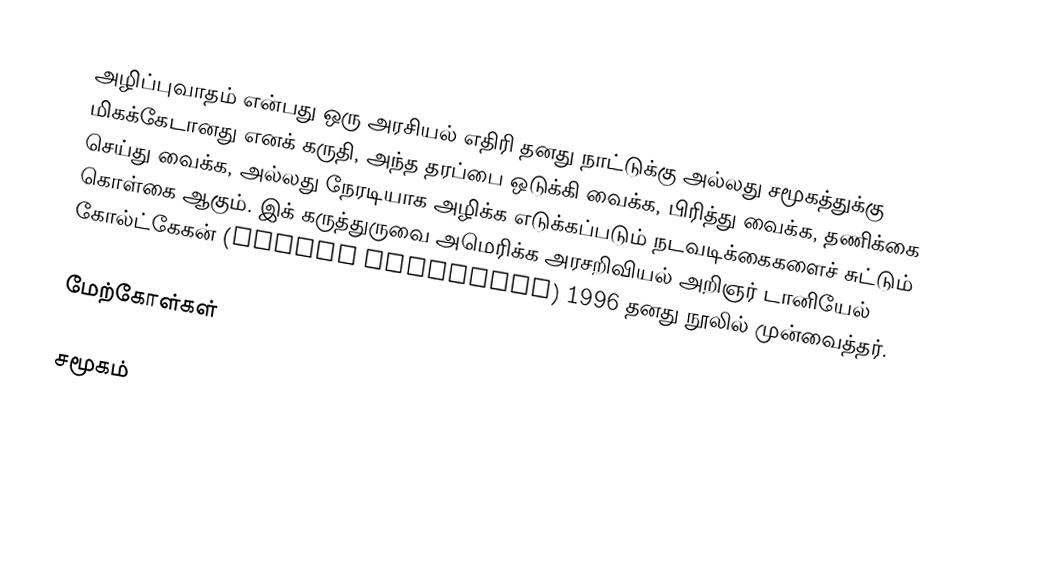
அழிப்புவாதம் என்பது ஒரு அரசியல் எதிரி தனது நாட்டுக்கு அல்லது சமூகத்துக்கு மிகக்கேடானது எனக் கருதி, அந்த தரப்பை ஒடுக்கி வைக்க, பிரித்து வைக்க, தணிக்கை செய்து வைக்க, அல்லது நேரடியாக அழிக்க எடுக்கப்படும் நடவடிக்கைகளைச் சுட்டும் கொள்கை ஆகும். இக் கருத்துருவை அமெரிக்க அரசறிவியல் அறிஞர் டானியேல் கோல்ட்கேகன் (Daniel Goldhagen) 1996 தனது நூலில் முன்வைத்தர்.

மேற்கோள்கள்

சமூகம்